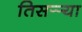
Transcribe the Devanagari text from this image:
तिसर्‍र्‍या